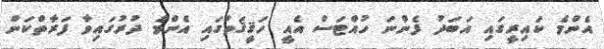
އެންމެ ކައިރީގައި އަބަދު ފެންނަ ހުއްޓަސް އެއީ ހަޤީޤަތުގައި އެންމެ ދުރުގައިވާ ފަރާތްކަން